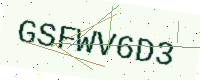
Text: GSFWV6D3